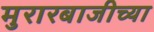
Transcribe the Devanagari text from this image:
मुरारबाजीच्या